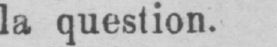
la question.